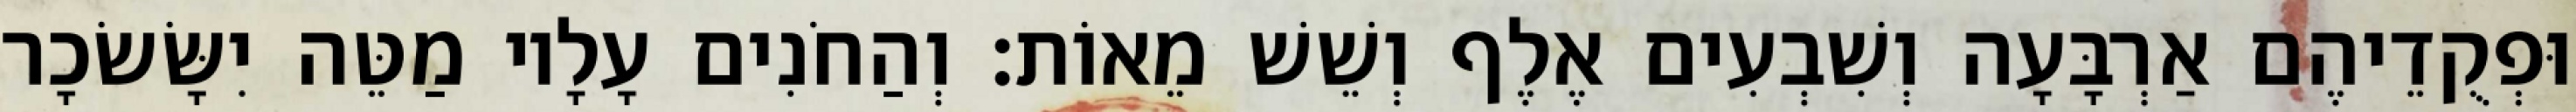
וּפְקֻדֵיהֶם אַרְבָּעָה וְשִׁבְעִים אֶלֶף וְשֵׁשׁ מֵאוֹת׃ וְהַחֹנִים עָלָיו מַטֵּה יִשָּׂשׂכָר